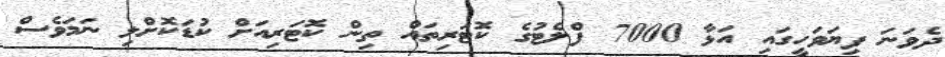
ދެވަނަ ފިޔަވަހީގައި އަޅާ 7000 ފްލެޓުގެ ކޮޓަރިތައް ތިން ކޮޓަރިއަށް ކުޑަކޮށްލި ނަމަވެސް